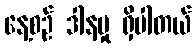
နေ့စဉ် ဒါနမှု ရှိပါတယ်